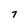
Character: 7